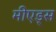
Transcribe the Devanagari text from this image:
मीएड्स